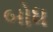
બોધ